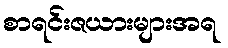
စာရင်းဇယားများအရ